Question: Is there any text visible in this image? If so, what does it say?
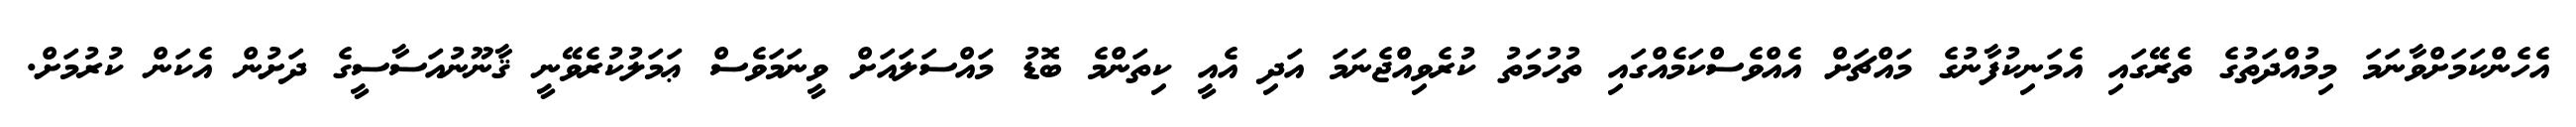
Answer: އެހެންކަމަށްވާނަމަ މިމުއްދަތުގެ ތެރޭގައި އެމަނިކުފާނުގެ މައްޗަށް އެއްވެސްކަމެއްގައި ތުހުމަތު ކުރެވިއްޖެނަމަ އަދި އެއީ ކިތަންމެ ބޮޑު މައްސަލައަށް ވީނަމަވެސް ޢަމަލުކުރެވޭނީ ޤާނޫނުއަސާސީގެ ދަށުން އެކަން ކުރުމަށް.